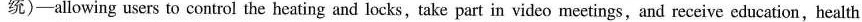
统)-allowing users to control the heating and locks,take part in video meetings,and receive education,health